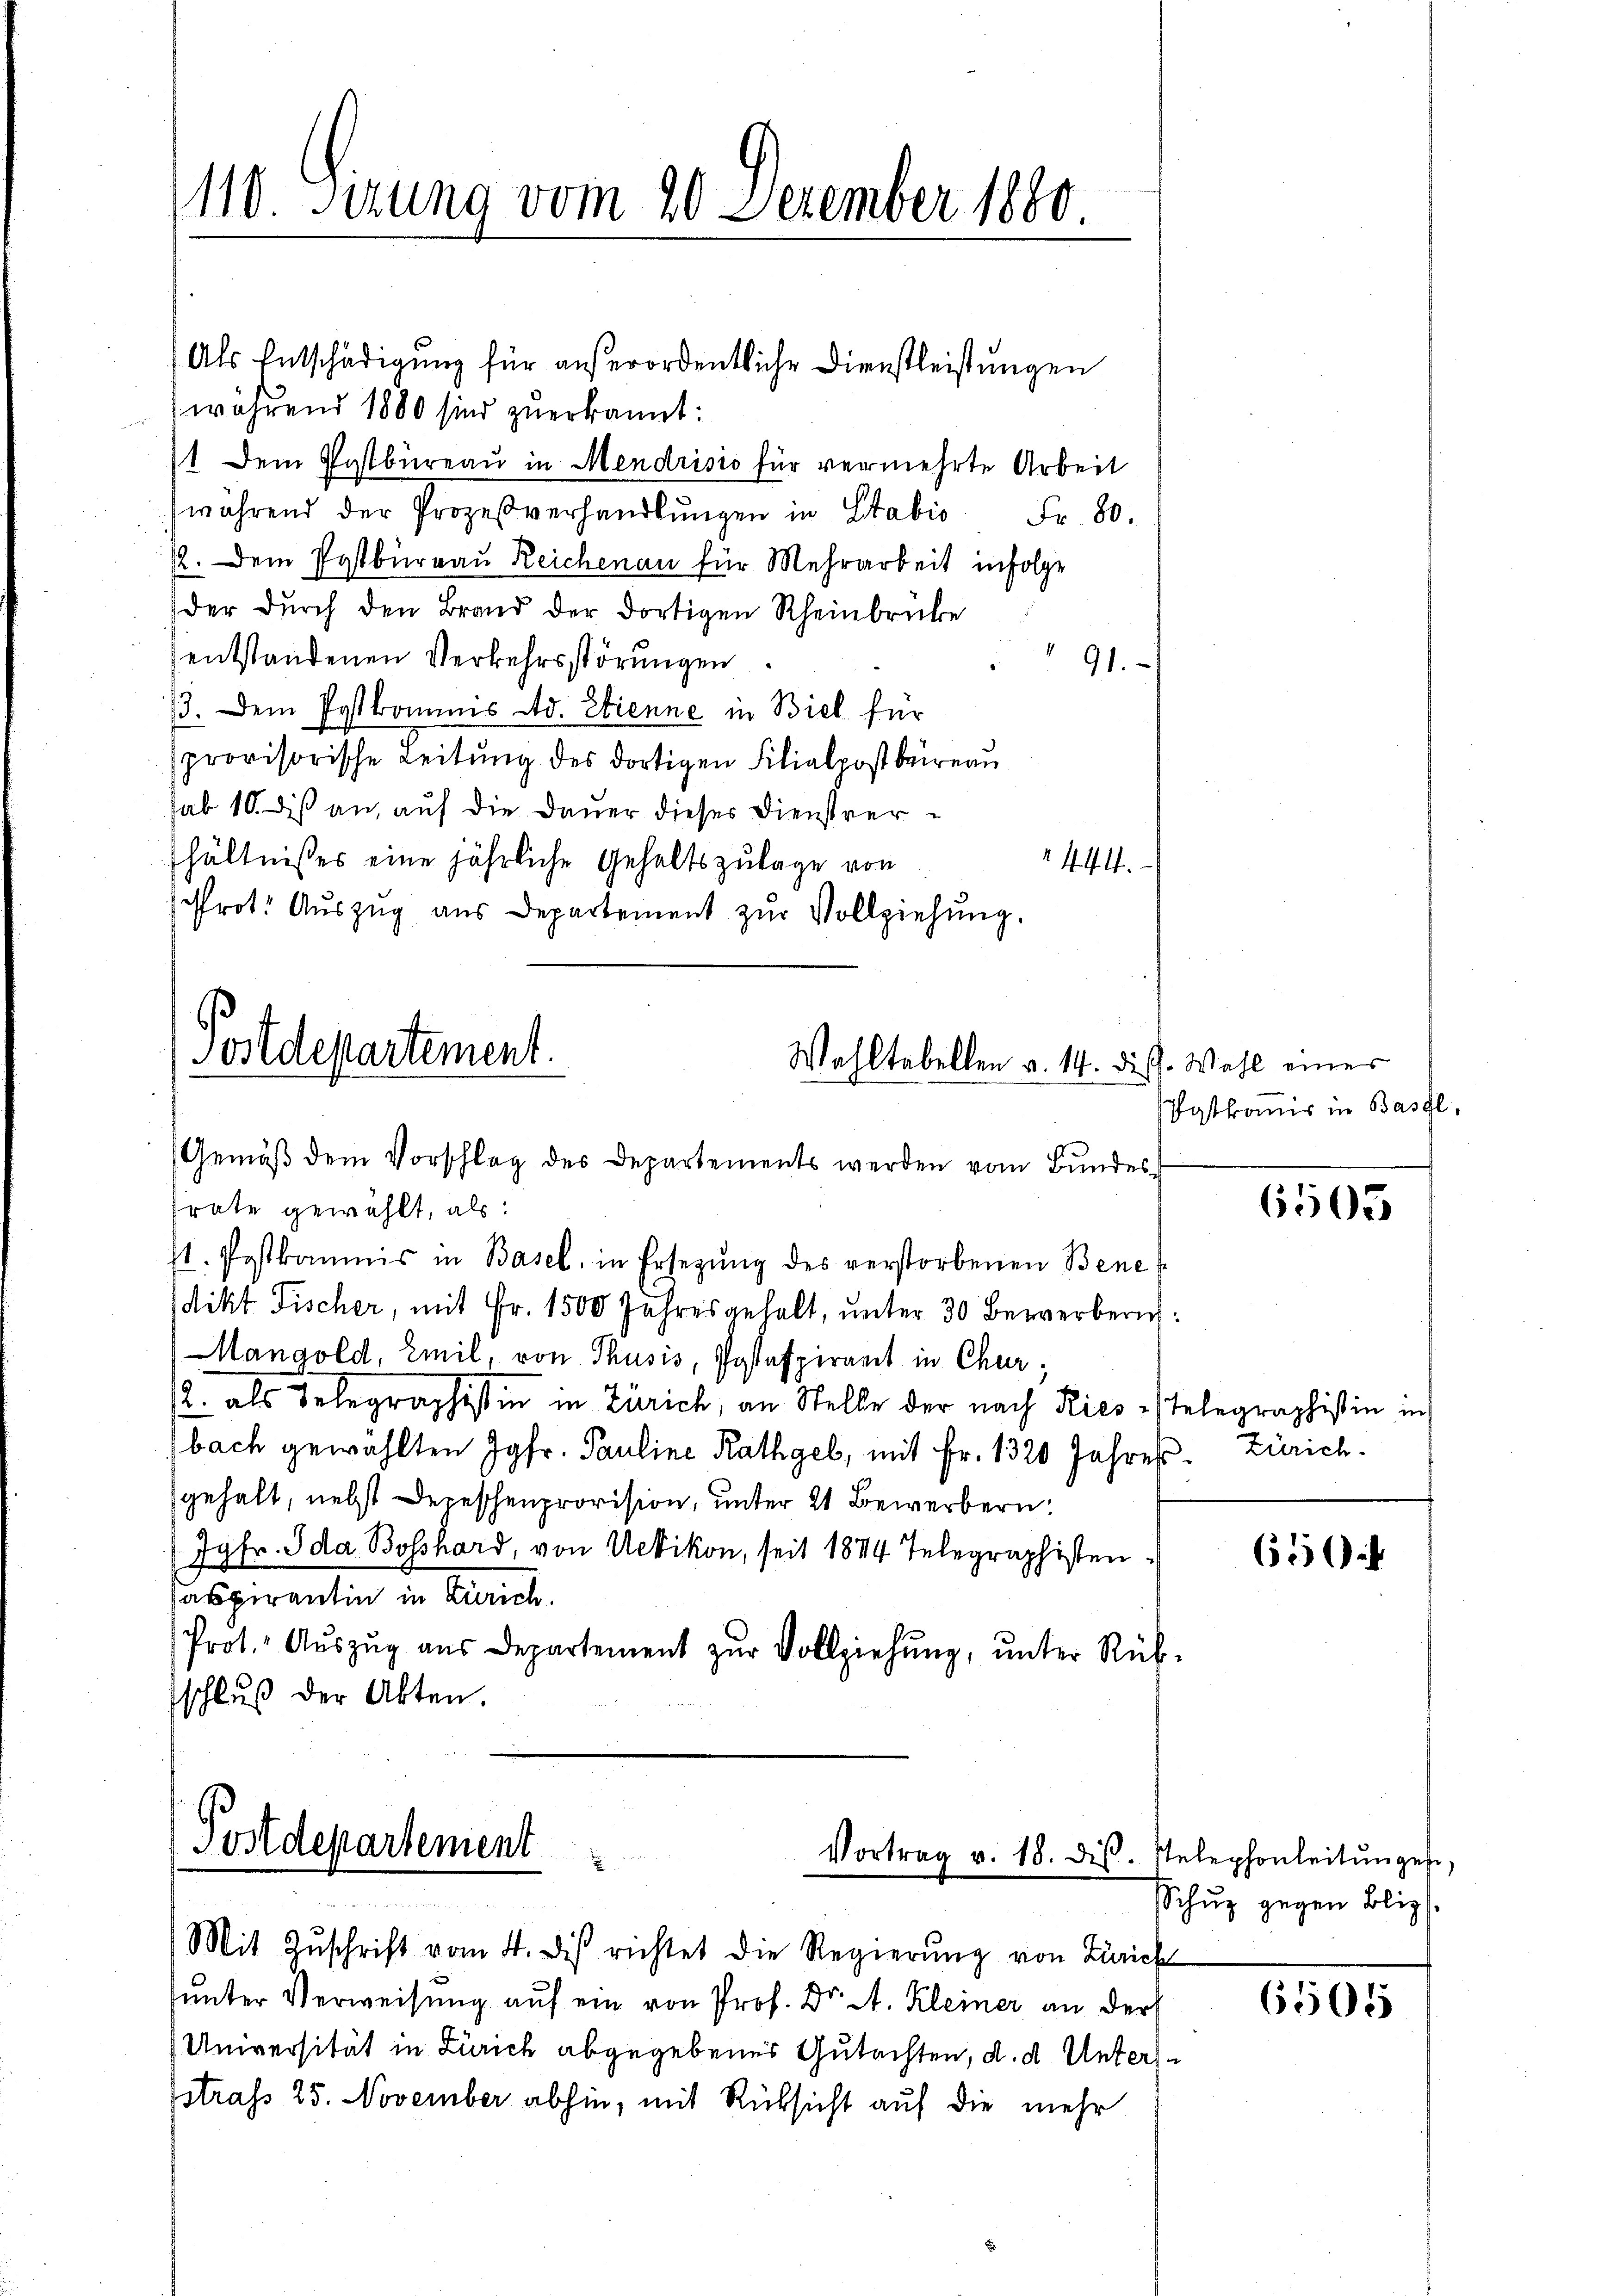
1110. Sirung vom 20. Dezember 1880.

Als Entschädigung für außerordentliche Dienstleistungen
während 1880 sind zuerkannt:
1 Dem Postbüreau in Mendrisis für vermehrte Arbeit
während der Prozeßverhandlungen in Stabis
Fr. 80.
22. Dem Postbureau Reichenau für Mehrarbeit infolge
der durch den Brand der dortigen Rheinbrücke
entstandenen Verkehrsstörungen
91.
3. Dem Postkommis Ad. Stienne in Biel für
provisorische Leitung des dortigen Filialpost beireau
sab 10. diß an, auf die Dauer dieses Dienstverhältnisses eine jährliche Gehaltszulage von
444.
chrot. Auszug aus Departement zŭr Vollziehung.

Postdepartement.
Wahltabellen u. 14. Diss. Wahl einer
Gemäß dem Vorschlag des Departements werden vom Bundes¬

rate gewählt, als:
st. Postkommis in Basel, in Ersetzŭng des verstorbenen Benedikt Fischer, mit Fr. 1500 Jahres gehalt, unter 30 Bewerberich:
Mangold, Emil, von Thusis, Postaspirant in Chur;
2. als Selegraphissin in Zürich, an Stelle der nach Ries-Telegraphistin in
bach gewählten Jgfr. Pauline Rathgel, mit Fr. 1320 Jahres Zürich
sgehalt, nebst Depeschenprovision, unter 21 Bewerbern,
Jgfr. Ida. Bosshard, von Uetikon, seit 1844 Telegraphisten
Paspirantin in Zürich.
Prot. Aŭszŭg aŭs Departement zŭr Vollziehŭng ŭnter Rück-
schluß der Akten.

Postdepartement

Vortrag v. 18. dis.

Vatkomis in Basel,

Mit Zuschrift vom 4. di richtet die Regierung von Zürich
hunter Verweisung auf ein von Prof. Dr. A. Kleiner an der
Universität in Zürich abgegebenes Gutachten, d. d. Unterssstrafs 25. November abhin, mit Rücksicht auf die mehr

6505

650

Ptelephonleitungen,
Schuz gegen Bliz

6505